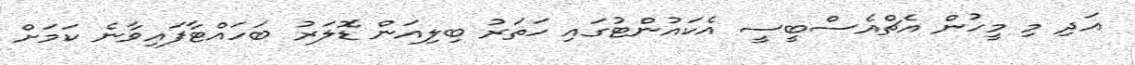
އަދި މި މީހުން އެޗްއެސްބީސީ އެކައުންޓުގައި ހަތަރު ބިލިއަން ޑޮލަރު ބަހައްޓާފައިވާނެ ކަމަށް